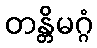
တန္တိမဂ္ဂံ